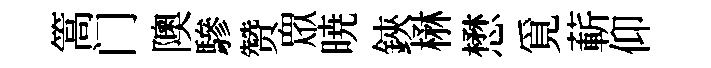
篙门隩驂赞衆暁鋏楙懋覓蔪仰